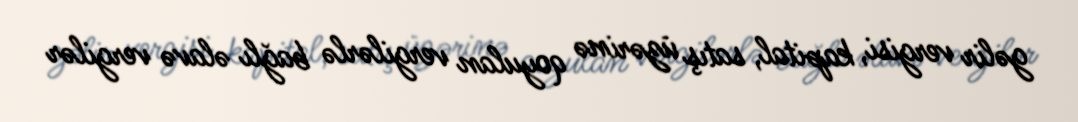
gəlir vergisi, kapital, satış üzərinə qoyulan vergilərlə bağlı əlavə vergilər